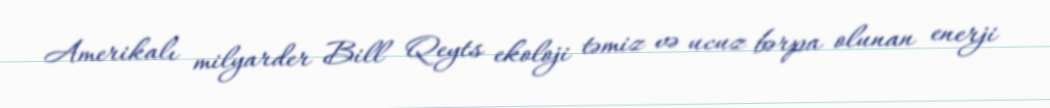
Amerikalı milyarder Bill Qeyts ekoloji təmiz və ucuz bərpa olunan enerji